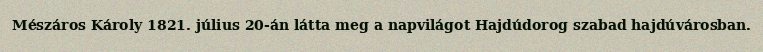
Mészáros Károly 1821. július 20-án látta meg a napvilágot Hajdúdorog szabad hajdúvárosban.